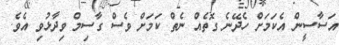
އަސާސީން އެކަމަށް ހެދޭނެ ގޮތެއް ނެތް ކަމަށް ވެސް ގާސިމް ވިދާޅުވި އެވެ.